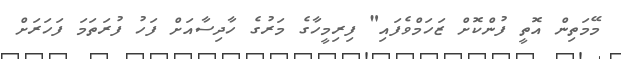
މޭމަތިން އޮތީ ފުންކޮށް ޒަހަމްވެފައި" ފިރިމީހާގެ މަރުގެ ހާދިސާއަށް ފަހު ފުރަތަމަ ފަހަރަށް